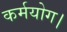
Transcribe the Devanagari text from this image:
कर्मयोग।